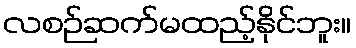
လစဉ်ဆက်မထည့်နိုင်ဘူး။